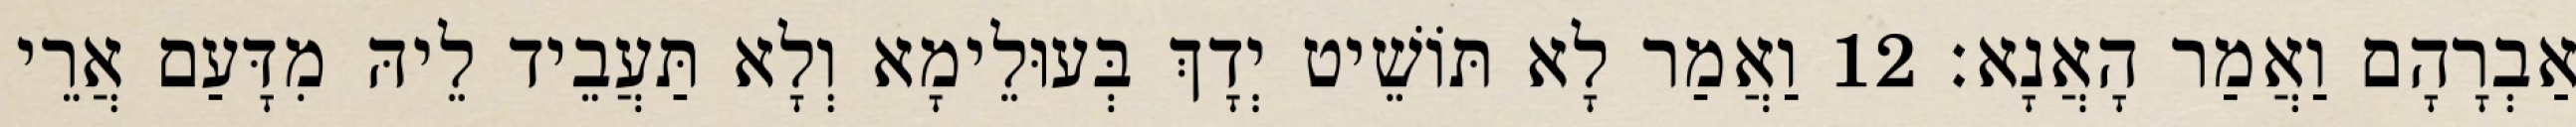
אַבְרָהָם וַאֲמַר הָאֲנָא׃ 12 וַאֲמַר לָא תּוֹשֵׁיט יְדָךְ בְּעוּלֵימָא וְלָא תַּעֲבֵיד לֵיהּ מִדָּעַם אֲרֵי